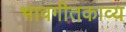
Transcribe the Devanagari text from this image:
भावगीतकाव्य